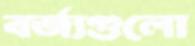
বর্জ্যগুলো